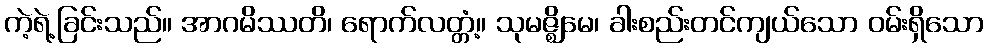
ကဲ့ရဲ့ခြင်းသည်။ အာဂမိဿတိ၊ ရောက်လတ္တံ့။ သုမဇ္ဈိမေ၊ ခါးစည်းတင်ကျယ်သော ဝမ်းရှိသော